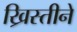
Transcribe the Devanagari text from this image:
ख्रिस्तीने